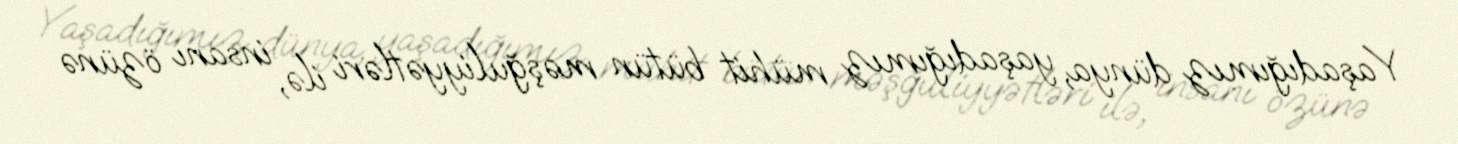
Yaşadığımız dünya, yaşadığımız mühit bütün məşğuliyyətləri ilə, insanı özünə